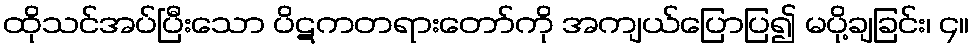
ထိုသင်အပ်ပြီးသော ပိဋကတရားတော်ကို အကျယ်ပြောပြ၍ မပို့ချခြင်း၊ ၄။